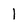
Character: 1